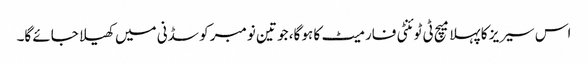
اس سیریز کا پہلا میچ ٹی ٹوئنٹی فارمیٹ کا ہو گا، جو تین نومبر کو سڈنی میں کھیلا جائے گا۔